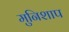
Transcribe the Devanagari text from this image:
मुनिशाप